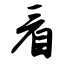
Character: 看